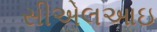
સીએલઆઇ